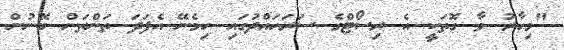
"މިހާރު ވާ ގޮތަކީ އެ ރިސޯޓްގެ ސަރަހައްދުގައި ހިމެނޭ އެފަދަ ތަންތަން ބޭނުން